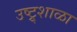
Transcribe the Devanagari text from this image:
उष्ट्र्शाळा